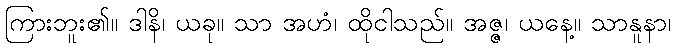
ကြားဘူး၏။ ဒါနိ၊ ယခု။ သာ အဟံ၊ ထိုငါသည်။ အဇ္ဇ၊ ယနေ့။ သာနူနာ၊